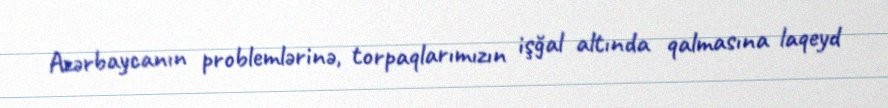
Azərbaycanın problemlərinə, torpaqlarımızın işğal altında qalmasına laqeyd